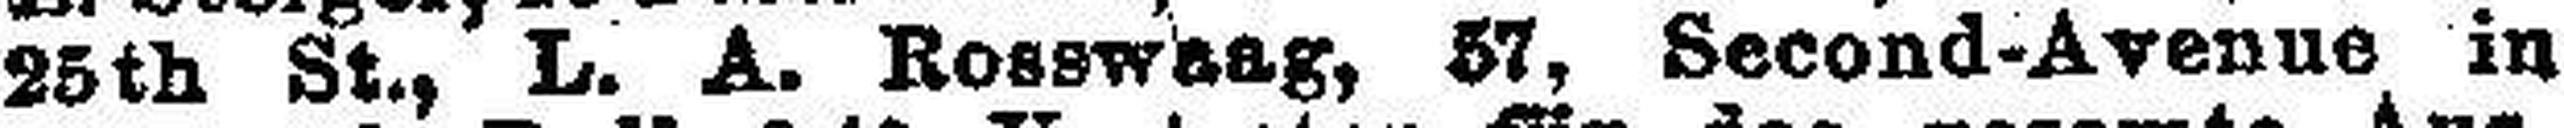
25th St., L. A. Rosswaag, 57, Second-Avenue in